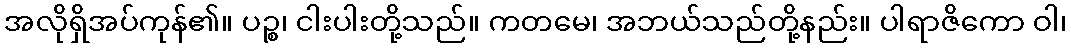
အလိုရှိအပ်ကုန်၏။ ပဉ္စ၊ ငါးပါးတို့သည်။ ကတမေ၊ အဘယ်သည်တို့နည်း။ ပါရာဇိကော ဝါ၊